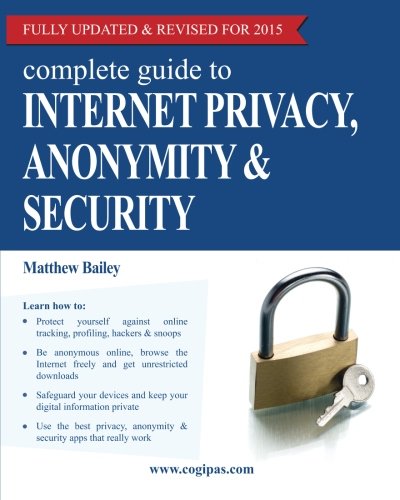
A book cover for Complete Guide to Internet Privacy, Anonymity & Security; Matthew Bailey; Computers & Technology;